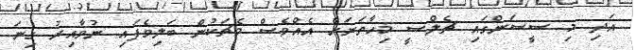
އަދި މި ސީސަންގައި ޗެލްސީ މިހާތަނަށް އެއްވެސް މެޗަކުން ބަލިވެފައި ނުވާއިރު ގިނަ